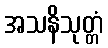
အသနိသုတ္တံ